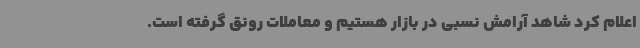
اعلام کرد شاهد آرامش نسبی در بازار هستیم و معاملات رونق گرفته است.